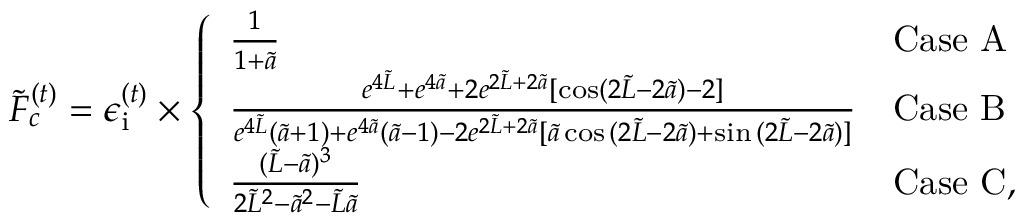
\tilde { F } _ { c } ^ { ( t ) } = \epsilon _ { \mathrm { i } } ^ { ( t ) } \times \left\{ \begin{array} { l l } { \frac { 1 } { 1 + \tilde { a } } } & { \mathrm { C a s e ~ A } } \\ { \frac { e ^ { 4 \tilde { L } } + e ^ { 4 \tilde { a } } + 2 e ^ { 2 \tilde { L } + 2 \tilde { a } } [ \cos ( 2 \tilde { L } - 2 \tilde { a } ) - 2 ] } { e ^ { 4 \tilde { L } } ( \tilde { a } + 1 ) + e ^ { 4 \tilde { a } } ( \tilde { a } - 1 ) - 2 e ^ { 2 \tilde { L } + 2 \tilde { a } } [ \tilde { a } \cos { ( 2 \tilde { L } - 2 \tilde { a } ) } + \sin { ( 2 \tilde { L } - 2 \tilde { a } ) ] } } } & { \mathrm { C a s e ~ B } } \\ { \frac { ( \tilde { L } - \tilde { a } ) ^ { 3 } } { 2 \tilde { L } ^ { 2 } - \tilde { a } ^ { 2 } - \tilde { L } \tilde { a } } } & { \mathrm { C a s e ~ C } , } \end{array} \right.